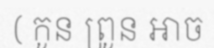
( កូន ព្រូន អាច